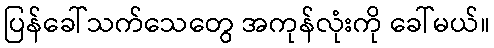
ပြန်ခေါ်သက်သေတွေ အကုန်လုံးကို ခေါ်မယ်။